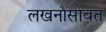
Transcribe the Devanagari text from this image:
लखनौसोबत